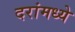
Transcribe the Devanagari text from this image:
दरांमध्ये